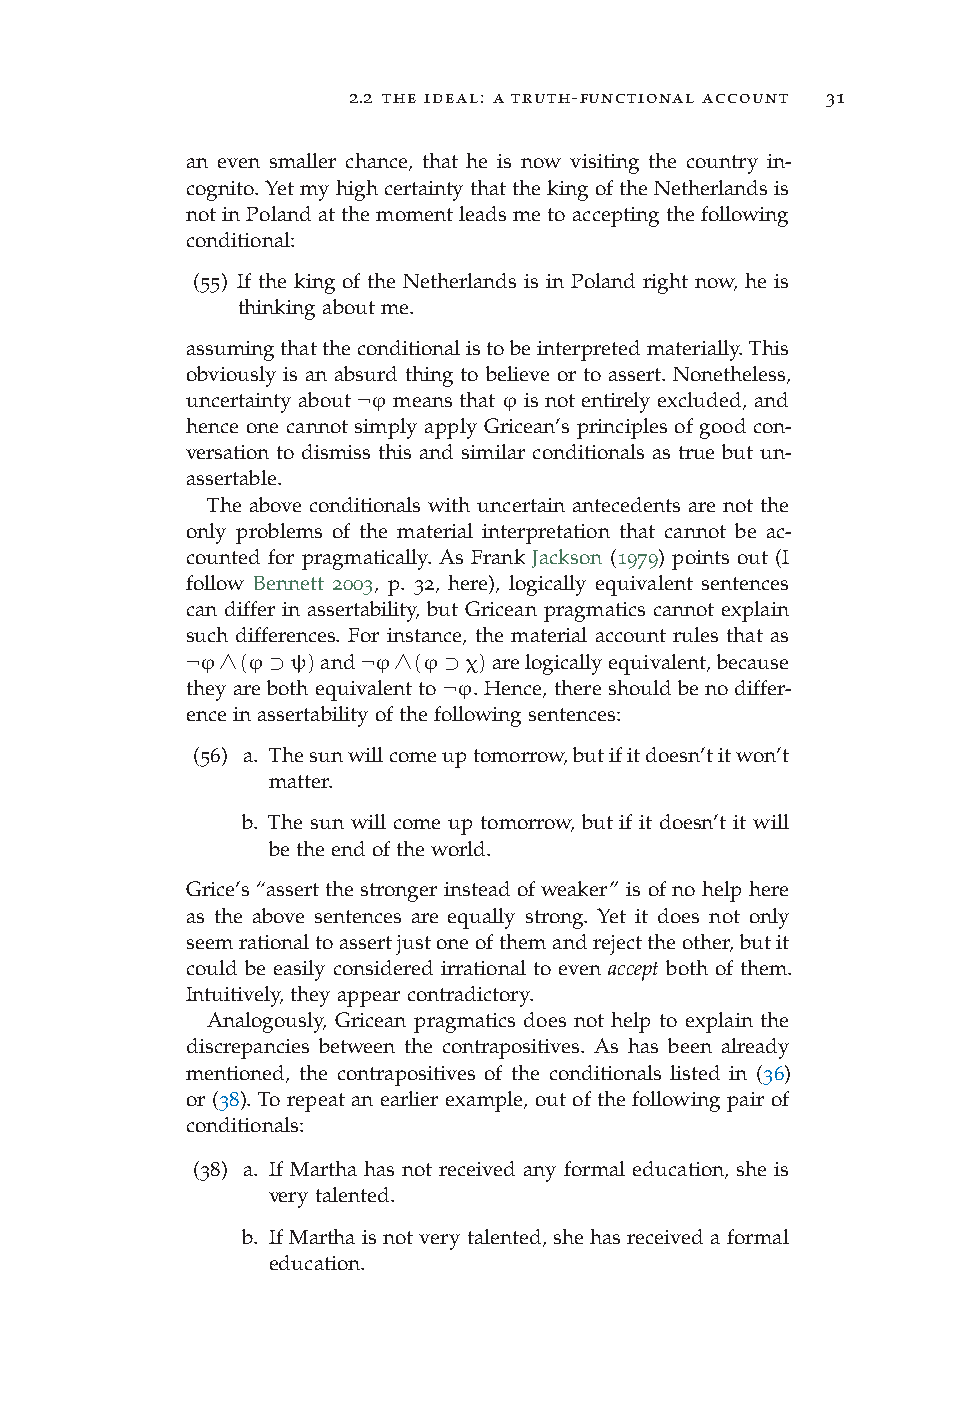
2.2 the ideal: a truth-functional account 31
 an even smaller chance, that he is now visiting the country in-
 cognito.YetmyhighcertaintythatthekingoftheNetherlandsis
 notinPolandatthemomentleadsmetoacceptingthefollowing
 conditional:
 (55) If the king of the Netherlands is in Poland right now, he is
 thinkingaboutme.
 assumingthattheconditionalistobeinterpretedmaterially.This
 obviously is an absurd thing to believe or to assert. Nonetheless,
 uncertainty about ¬ϕ means that ϕ is not entirely excluded, and
 hence one cannot simply apply Gricean’s principles of good con-
 versation to dismiss this and similar conditionals as true but un-
 assertable.
 The above conditionals with uncertain antecedents are not the
 only problems of the material interpretation that cannot be ac-
 counted for pragmatically. As Frank Jackson (1979) points out (I
 follow Bennett 2003, p. 32, here), logically equivalent sentences
 can differ in assertability, but Gricean pragmatics cannot explain
 such differences. For instance, the material account rules that as
 ¬ϕ∧(ϕ⊃ψ)and¬ϕ∧(ϕ⊃χ)arelogicallyequivalent,because
 they are both equivalent to ¬ϕ. Hence, there should be no differ-
 enceinassertabilityofthefollowingsentences:
 (56) a. Thesunwillcomeuptomorrow,butifitdoesn’titwon’t
 matter.
 b. The sun will come up tomorrow, but if it doesn’t it will
 betheendoftheworld.
 Grice’s “assert the stronger instead of weaker” is of no help here
 as the above sentences are equally strong. Yet it does not only
 seemrationaltoassertjustoneofthemandrejecttheother,butit
 could be easily considered irrational to even accept both of them.
 Intuitively,theyappearcontradictory.
 Analogously, Gricean pragmatics does not help to explain the
 discrepancies between the contrapositives. As has been already
 mentioned, the contrapositives of the conditionals listed in (36)
 or (38). To repeat an earlier example, out of the following pair of
 conditionals:
 (38) a. If Martha has not received any formal education, she is
 verytalented.
 b. IfMarthaisnotverytalented,shehasreceivedaformal
 education.